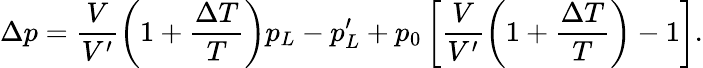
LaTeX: \Delta p=\frac{V}{V^{\prime}}{\left(1+\frac{\Delta T}{T}\right)}p_{L}-p_{L}^{\prime}+p_{0}\left[\frac{V}{V^{\prime}}{\left(1+\frac{\Delta T}{T}\right)}-1\right].